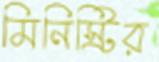
মিনিস্ট্রির